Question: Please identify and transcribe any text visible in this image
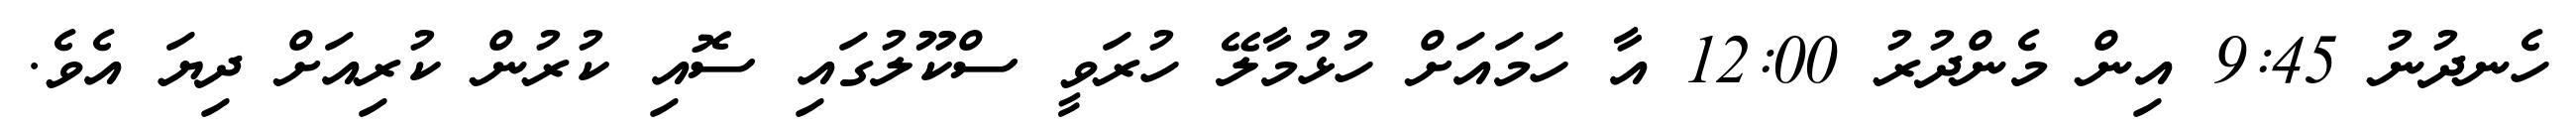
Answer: ހެނދުނު 9:45 އިން މެންދުރު 12:00 އާ ހަމައަށް ހުޅުމާލޭ ހުރަވީ ސްކޫލުގައި ސޮއި ކުރުން ކުރިއަށް ދިޔަ އެވެ.